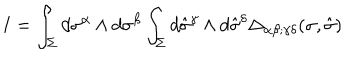
I = \int _ { \Sigma } d \sigma ^ { \alpha } \wedge d \sigma ^ { \beta } \int _ { \Sigma } d \hat { \sigma } ^ { \gamma } \wedge d \hat { \sigma } ^ { \delta } \Delta _ { \alpha \beta ; \gamma \delta } ( \sigma , \hat { \sigma } )